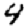
Digit: 4